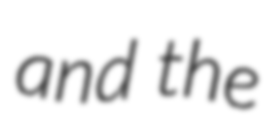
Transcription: and the